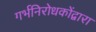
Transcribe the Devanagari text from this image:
गर्भनिरोधकोंद्वारा